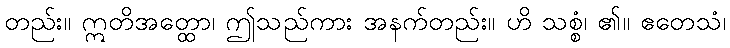
တည်း။ ဣတိအတ္ထော၊ ဤသည်ကား အနက်တည်း။ ဟိ သစ္စံ၊ ၏။ ဧတေသံ၊